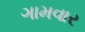
ગામવાર